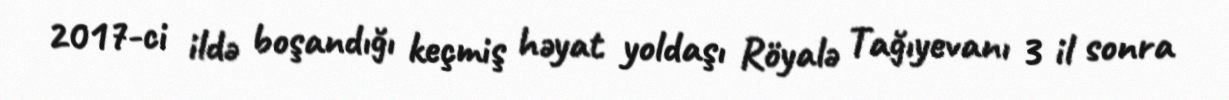
2017-ci ildə boşandığı keçmiş həyat yoldaşı Röyalə Tağıyevanı 3 il sonra